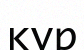
қүр